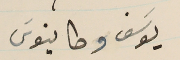
يوسَف وطانيوسَ